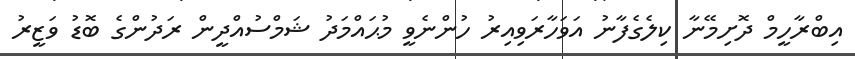
އިބްރާހީމް ދޮށިމޭނާ ކިލެގެފާނު އަވަހާރަވިއިރު ހުންނެވީ މުޙައްމަދު ޝަމްސުއްދީން ރަދުންގެ ބޮޑު ވަޒީރު